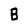
Character: 8